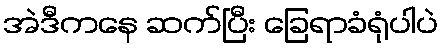
အဲဒီကနေ ဆက်ပြီး ခြေရာခံရုံပါပဲ